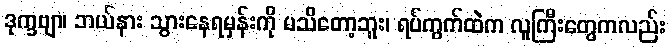
ဒုက္ခဗျာ၊ ဘယ်နား သွားနေရမှန်းကို မသိတော့ဘူး၊ ရပ်ကွက်ထဲက လူကြီးတွေကလည်း